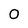
Character: 0